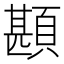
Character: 䫖